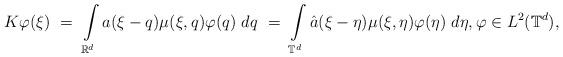
LaTeX: \begin{align*}K \varphi (\xi) \ = \ \int\limits_{\mathbb R^d} a (\xi-q) \mu (\xi, q) \varphi (q) \ dq \ = \ \int\limits_{\mathbb T^d} \hat a (\xi-\eta) \mu (\xi, \eta) \varphi(\eta) \ d\eta, \varphi \in L^2(\mathbb T^d),\end{align*}